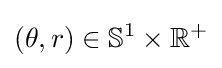
(\theta ,r)\in \mathbb {S} ^{1}\times \mathbb {R} ^{+}